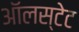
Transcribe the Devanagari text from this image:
ऑलस्टेट